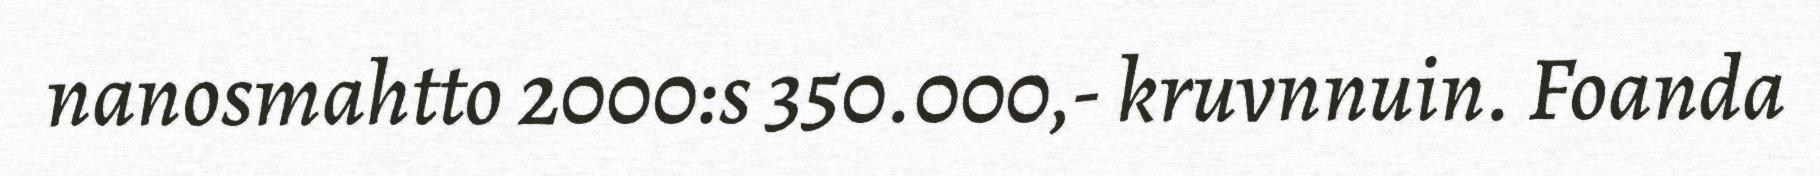
nanosmahtto 2000:s 350.000,- kruvnnuin. Foanda